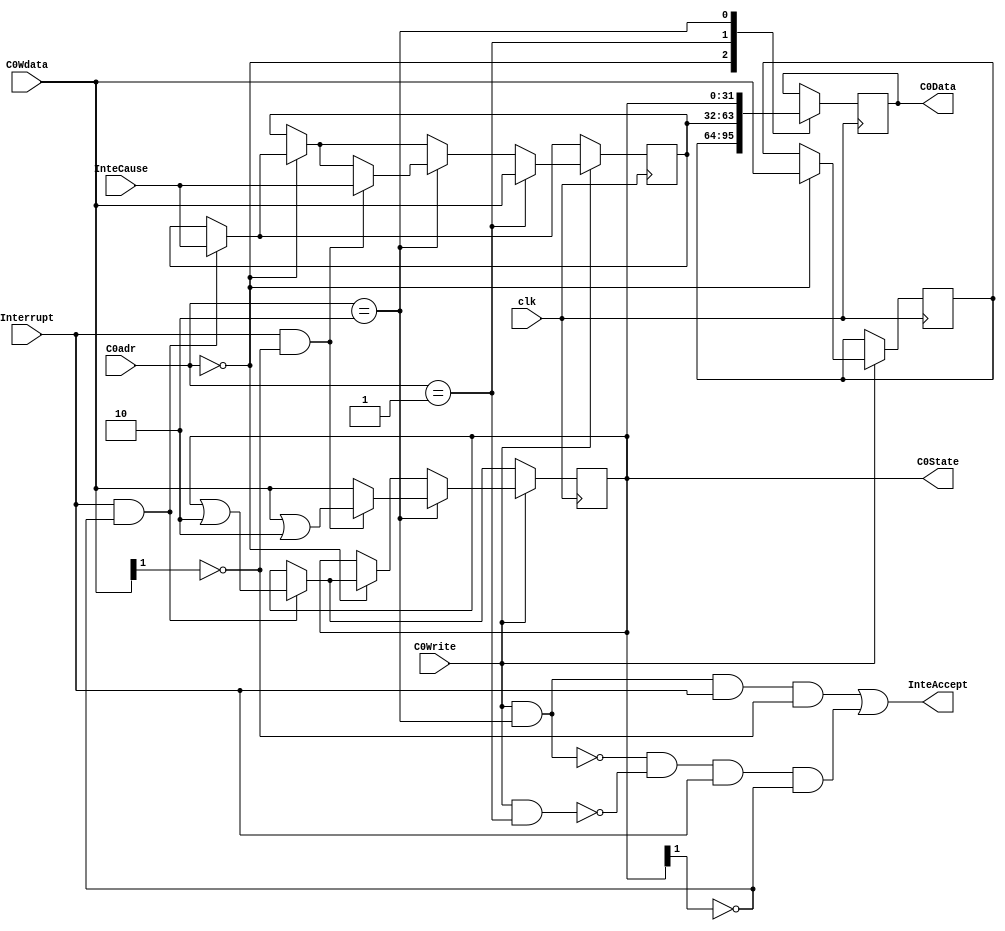
module Coprocessor0(
    input clk,
    input[4:0] C0adr,
    input[31:0] C0Wdata,
    input C0Write,
	 input[31:0] InteCause,
	 input Interrupt,
	 
	 output InteAccept,
	 output[31:0] C0State,
    output reg[31:0] C0Data
    );
parameter EPCadr    = 5'h0;
parameter Causeadr  = 5'h1;
parameter Stateadr    = 5'h2;
reg[31:0] EPC;
reg[31:0] Cause;
reg[31:0] State;

initial begin
	State <= 32'h1;
	Cause <= 32'h0;
	EPC <= 32'h0;
end

assign C0State = State;
assign InteAccept = 
				(C0Write && (C0adr==Stateadr)) && Interrupt && ~C0Wdata[1] || 
				~(C0Write && (C0adr==Stateadr)) && ~(C0Write && (C0adr==Causeadr)) && Interrupt && ~State[1];

always@(posedge clk) begin
	if(C0Write) begin
		if(C0adr==EPCadr) begin
			EPC <= C0Wdata;
			if(Interrupt && ~State[1]) begin
				State <= State | 32'b10;
				Cause <= InteCause;
			end
		end
		if(C0adr==Stateadr) begin
			if(Interrupt && ~C0Wdata[1]) begin
					State <= C0Wdata | 32'b10;
					Cause <= InteCause;
			end
			else begin
				State <= C0Wdata;
			end
		end
		if(C0adr==Causeadr) begin
			Cause <= C0Wdata;
		end
	end
	else begin
		if(Interrupt && ~State[1]) begin
			State <= State | 32'b10;
			Cause <= InteCause;
		end
	end
	
	case(C0adr)
		EPCadr: begin
			C0Data <= EPC;
		end
		Causeadr: begin
			C0Data <= Cause;
		end
		Stateadr: begin
			C0Data <= State;
		end
	endcase
end

endmodule